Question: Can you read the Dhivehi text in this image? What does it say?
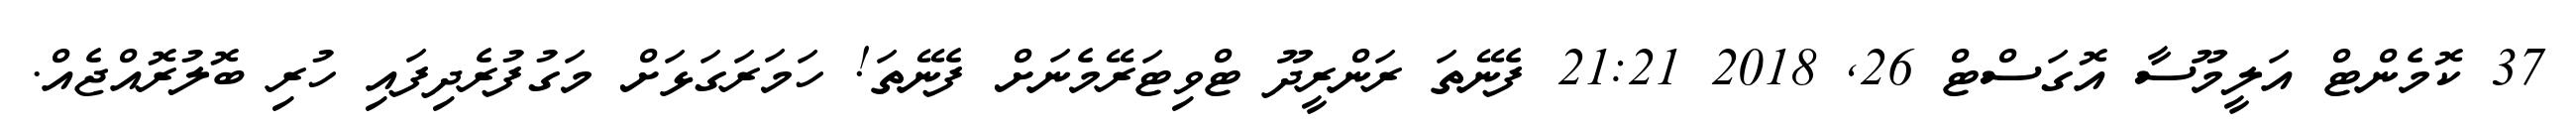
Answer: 37 ކޮމެންޓް އަލީމޫސާ އޮގަސްޓް 26, 2018 21:21 ފެނޭތަ ރަންރީދޫ ޓްވިޓަރޭމެނަށް ފެނޭތަ! ހަމަރަގަޅަށް މަގުފުރެދިފައި ހުރި ބޮލުރޮއްޖެއް.